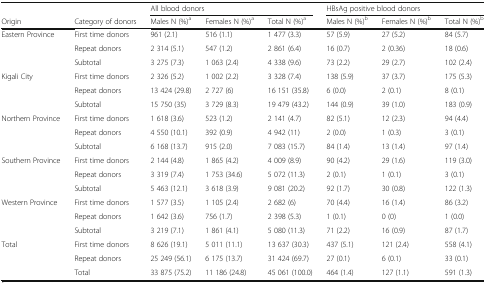
<table><thead><tr><td></td><td></td><td colspan="3"><b>All blood donors</b></td><td colspan="3"><b>HBsAg positive blood donors</b></td></tr><tr><td><b>Origin</b></td><td><b>Category of donors</b></td><td><b>Males N (%)<sup>a</sup></b></td><td><b>Females N (%)<sup>a</sup></b></td><td><b>Total N (%)<sup>a</sup></b></td><td><b>Males N (%)<sup>b</sup></b></td><td><b>Females N (%)<sup>b</sup></b></td><td><b>Total N (%)<sup>b</sup></b></td></tr></thead><tbody><tr><td rowspan="3">Eastern Province</td><td>First time donors</td><td>961 (2.1)</td><td>516 (1.1)</td><td>1 477 (3.3)</td><td>57 (5.9)</td><td>27 (5.2)</td><td>84 (5.7)</td></tr><tr><td>Repeat donors</td><td>2 314 (5.1)</td><td>547 (1.2)</td><td>2 861 (6.4)</td><td>16 (0.7)</td><td>2 (0.36)</td><td>18 (0.6)</td></tr><tr><td>Subtotal</td><td>3 275 (7.3)</td><td>1 063 (2.4)</td><td>4 338 (9.6)</td><td>73 (2.2)</td><td>29 (2.7)</td><td>102 (2.4)</td></tr><tr><td rowspan="3">Kigali City</td><td>First time donors</td><td>2 326 (5.2)</td><td>1 002 (2.2)</td><td>3 328 (7.4)</td><td>138 (5.9)</td><td>37 (3.7)</td><td>175 (5.3)</td></tr><tr><td>Repeat donors</td><td>13 424 (29.8)</td><td>2 727 (6)</td><td>16 151 (35.8)</td><td>6 (0.0)</td><td>2 (0.1)</td><td>8 (0.1)</td></tr><tr><td>Subtotal</td><td>15 750 (35)</td><td>3 729 (8.3)</td><td>19 479 (43.2)</td><td>144 (0.9)</td><td>39 (1.0)</td><td>183 (0.9)</td></tr><tr><td rowspan="3">Northern Province</td><td>First time donors</td><td>1 618 (3.6)</td><td>523 (1.2)</td><td>2 141 (4.7)</td><td>82 (5.1)</td><td>12 (2.3)</td><td>94 (4.4)</td></tr><tr><td>Repeat donors</td><td>4 550 (10.1)</td><td>392 (0.9)</td><td>4 942 (11)</td><td>2 (0.0)</td><td>1 (0.3)</td><td>3 (0.1)</td></tr><tr><td>Subtotal</td><td>6 168 (13.7)</td><td>915 (2.0)</td><td>7 083 (15.7)</td><td>84 (1.4)</td><td>13 (1.4)</td><td>97 (1.4)</td></tr><tr><td rowspan="3">Southern Province</td><td>First time donors</td><td>2 144 (4.8)</td><td>1 865 (4.2)</td><td>4 009 (8.9)</td><td>90 (4.2)</td><td>29 (1.6)</td><td>119 (3.0)</td></tr><tr><td>Repeat donors</td><td>3 319 (7.4)</td><td>1 753 (34.6)</td><td>5 072 (11.3)</td><td>2 (0.1)</td><td>1 (0.1)</td><td>3 (0.1)</td></tr><tr><td>Subtotal</td><td>5 463 (12.1)</td><td>3 618 (3.9)</td><td>9 081 (20.2)</td><td>92 (1.7)</td><td>30 (0.8)</td><td>122 (1.3)</td></tr><tr><td rowspan="3">Western Province</td><td>First time donors</td><td>1 577 (3.5)</td><td>1 105 (2.4)</td><td>2 682 (6)</td><td>70 (4.4)</td><td>16 (1.4)</td><td>86 (3.2)</td></tr><tr><td>Repeat donors</td><td>1 642 (3.6)</td><td>756 (1.7)</td><td>2 398 (5.3)</td><td>1 (0.1)</td><td>0 (0)</td><td>1 (0.0)</td></tr><tr><td>Subtotal</td><td>3 219 (7.1)</td><td>1 861 (4.1)</td><td>5 080 (11.3)</td><td>71 (2.2)</td><td>16 (0.9)</td><td>87 (1.7)</td></tr><tr><td rowspan="3">Total</td><td>First time donors</td><td>8 626 (19.1)</td><td>5 011 (11.1)</td><td>13 637 (30.3)</td><td>437 (5.1)</td><td>121 (2.4)</td><td>558 (4.1)</td></tr><tr><td>Repeat donors</td><td>25 249 (56.1)</td><td>6 175 (13.7)</td><td>31 424 (69.7)</td><td>27 (0.1)</td><td>6 (0.1)</td><td>33 (0.1)</td></tr><tr><td>Total</td><td>33 875 (75.2)</td><td>11 186 (24.8)</td><td>45 061 (100.0)</td><td>464 (1.4)</td><td>127 (1.1)</td><td>591 (1.3)</td></tr></tbody></table>